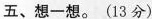
五、想一想。(13分)